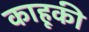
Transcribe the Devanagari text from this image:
काहूकी